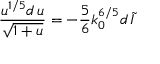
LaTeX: \frac { u ^ { 1 / 5 } d \, u } { \sqrt { 1 + u } } = - \frac { 5 } { 6 } k _ { 0 } ^ { 6 / 5 } d \, { \tilde { I } }